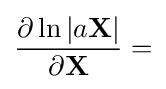
{\frac {\partial \ln |a\mathbf {X} |}{\partial \mathbf {X} }}=